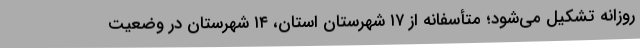
روزانه تشکیل می‌شود؛ متأسفانه از ۱۷ شهرستان استان، ۱۴ شهرستان در وضعیت